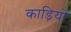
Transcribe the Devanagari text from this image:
काड़ियों